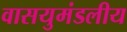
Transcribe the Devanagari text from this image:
वासयुमंडलीय